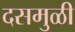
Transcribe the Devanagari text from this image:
दसमुळी